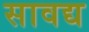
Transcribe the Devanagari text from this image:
सावद्य